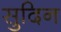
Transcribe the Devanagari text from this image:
सुदिन